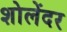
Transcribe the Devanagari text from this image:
शोलेंदर